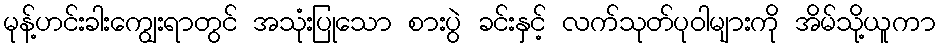
မုန့်ဟင်းခါးကျွေးရာတွင် အသုံးပြုသော စားပွဲ ခင်းနှင့် လက်သုတ်ပုဝါများကို အိမ်သို့ယူကာ